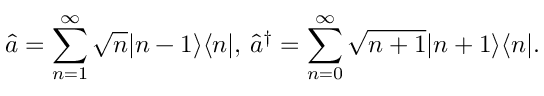
\hat { a } = \sum _ { n = 1 } ^ { \infty } \sqrt { n } | n - 1 \rangle \langle n | , \, \hat { a } ^ { \dag } = \sum _ { n = 0 } ^ { \infty } \sqrt { n + 1 } | n + 1 \rangle \langle n | .